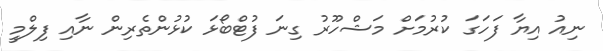
ނިއު އިޔާ ފަހަގަ ކުރުމަށް މަޝްހޫރު ގިނަ ފުޓްބޯޅަ ކުޅުންތެރިން ނާއި ފިލްމީ